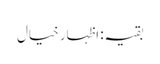
بقیہ: اظہار خیال